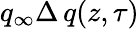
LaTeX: q_{\infty}\Delta\, q(z,\tau)